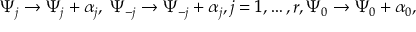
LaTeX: \Psi _ { j } \rightarrow \Psi _ { j } + \alpha _ { j } , \; \Psi _ { - j } \rightarrow \Psi _ { - j } + \alpha _ { j } , j = 1 , \ldots , r , \Psi _ { 0 } \rightarrow \Psi _ { 0 } + \alpha _ { 0 } ,